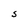
Character: S